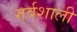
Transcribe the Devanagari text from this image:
गर्वशाली